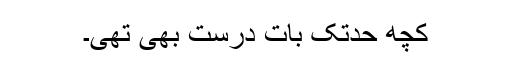
کچھ حدتک بات درست بھی تھی۔